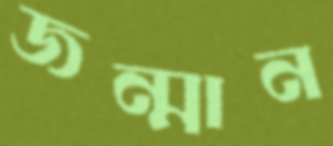
জন্মান